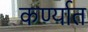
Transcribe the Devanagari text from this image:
कर्ण्यात